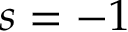
s = - 1